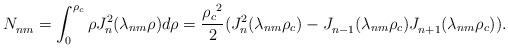
LaTeX: \begin{align*} N_{nm}^{} = \int_{0}^{\rho_c} {\rho J_n^2} ({\lambda _{nm}}\rho)d\rho = \frac{{{{\rho_c}^2}}}{2}(J_n^2({\lambda _{nm}}\rho_c) - J_{n - 1}^{}({\lambda _{nm}}\rho_c)J_{n + 1}^{}({\lambda _{nm}}\rho_c)).\end{align*}